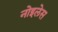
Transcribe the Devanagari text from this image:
नोइलेस